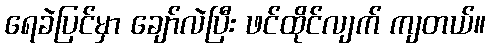
ရေခဲပြင်မှာ ချော်လဲပြီး ဖင်ထိုင်လျက် ကျတယ်။